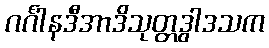
ဂင်္ဂါနဒီအာဒိသုတ္တဒွါဒသက